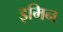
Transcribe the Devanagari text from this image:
इमिन